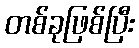
တစ်ခုဖြစ်ပြီး